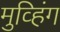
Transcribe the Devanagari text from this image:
मुव्हिंग